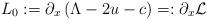
LaTeX: \begin{align*}L_0:=\partial_x\left(\Lambda-2u-c\right)=:\partial_x\mathcal{L}\end{align*}